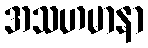
အသဟမာနာ